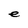
Character: e